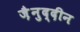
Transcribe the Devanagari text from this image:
ज़ैनुद्दीन